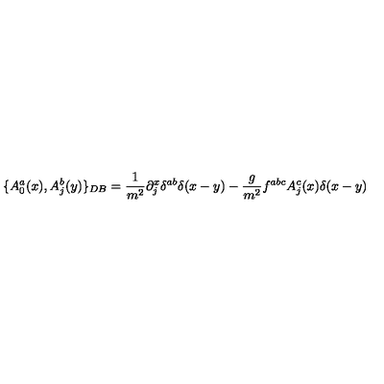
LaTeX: \{ A _ { 0 } ^ { a } ( x ) , A _ { j } ^ { b } ( y ) \} _ { D B } = \frac { 1 } { m ^ { 2 } } \partial _ { j } ^ { x } \delta ^ { a b } \delta ( x - y ) - \frac { g } { m ^ { 2 } } f ^ { a b c } A _ { j } ^ { c } ( x ) \delta ( x - y ) \nonumber